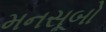
મનસૂબો